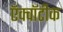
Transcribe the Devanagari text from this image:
ऍक्वॉटीक